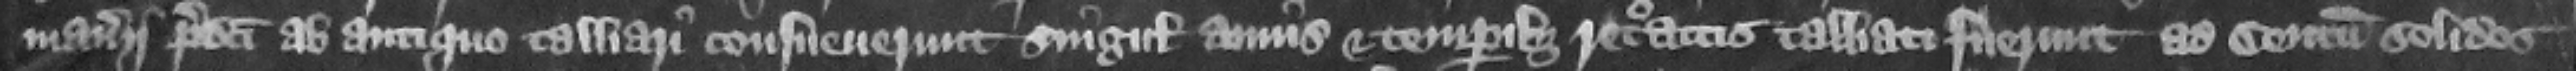
manerii predicti ab antiquo talliari consueuerunt singulis annis et temporibus retroactis talliati fuerunt ad centum solidos